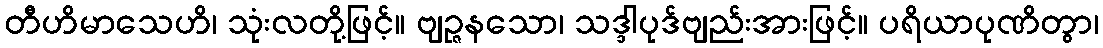
တီဟိမာသေဟိ၊ သုံးလတို့ဖြင့်။ ဗျဉ္ဇနသော၊ သဒ္ဒါပုဒ်ဗျည်းအားဖြင့်။ ပရိယာပုဏိတွာ၊